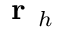
\textbf { r } _ { h }